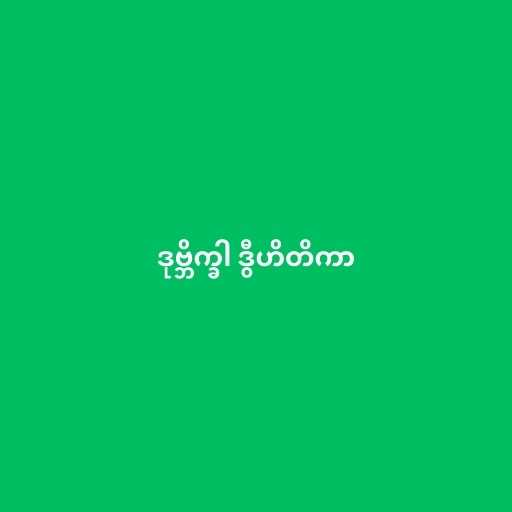
ဒုဗ္ဘိက္ခါ ဒွီဟိတိကာ